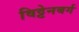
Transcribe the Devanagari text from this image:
विट्टेनबर्ग